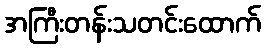
အကြီးတန်းသတင်းထောက်